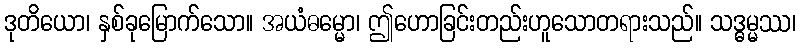
ဒုတိယော၊ နှစ်ခုမြောက်သော။ အယံဓမ္မော၊ ဤဟောခြင်းတည်းဟူသောတရားသည်။ သဒ္ဓမ္မဿ၊